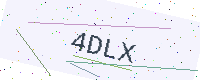
Text: 4DLX